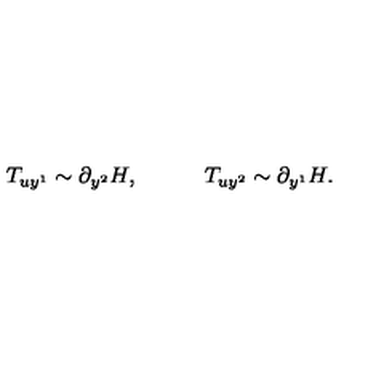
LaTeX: T _ { u y ^ { 1 } } \sim \partial _ { y ^ { 2 } } H , \quad \quad \quad T _ { u y ^ { 2 } } \sim \partial _ { y ^ { 1 } } H .